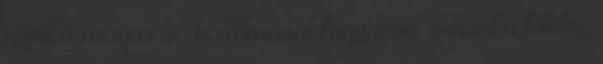
ezért a magas léc hatalmasat koppanva zuhant a földre.